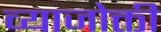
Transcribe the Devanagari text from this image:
व्याजोक्ती